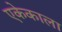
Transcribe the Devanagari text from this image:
एकेकाला